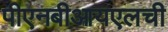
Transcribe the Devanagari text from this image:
पीएनबीआयएलची